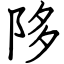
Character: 陊